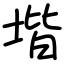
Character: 堦